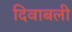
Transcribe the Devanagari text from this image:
दिवाबली